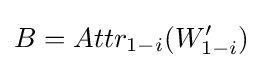
B=Attr_{1-i}(W'_{1-i})